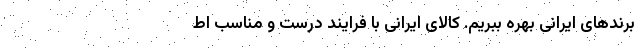
برندهای ایرانی بهره ببریم. کالای ایرانی با فرایند درست و مناسب اط